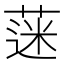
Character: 蒾